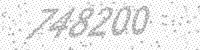
Solution: 748200